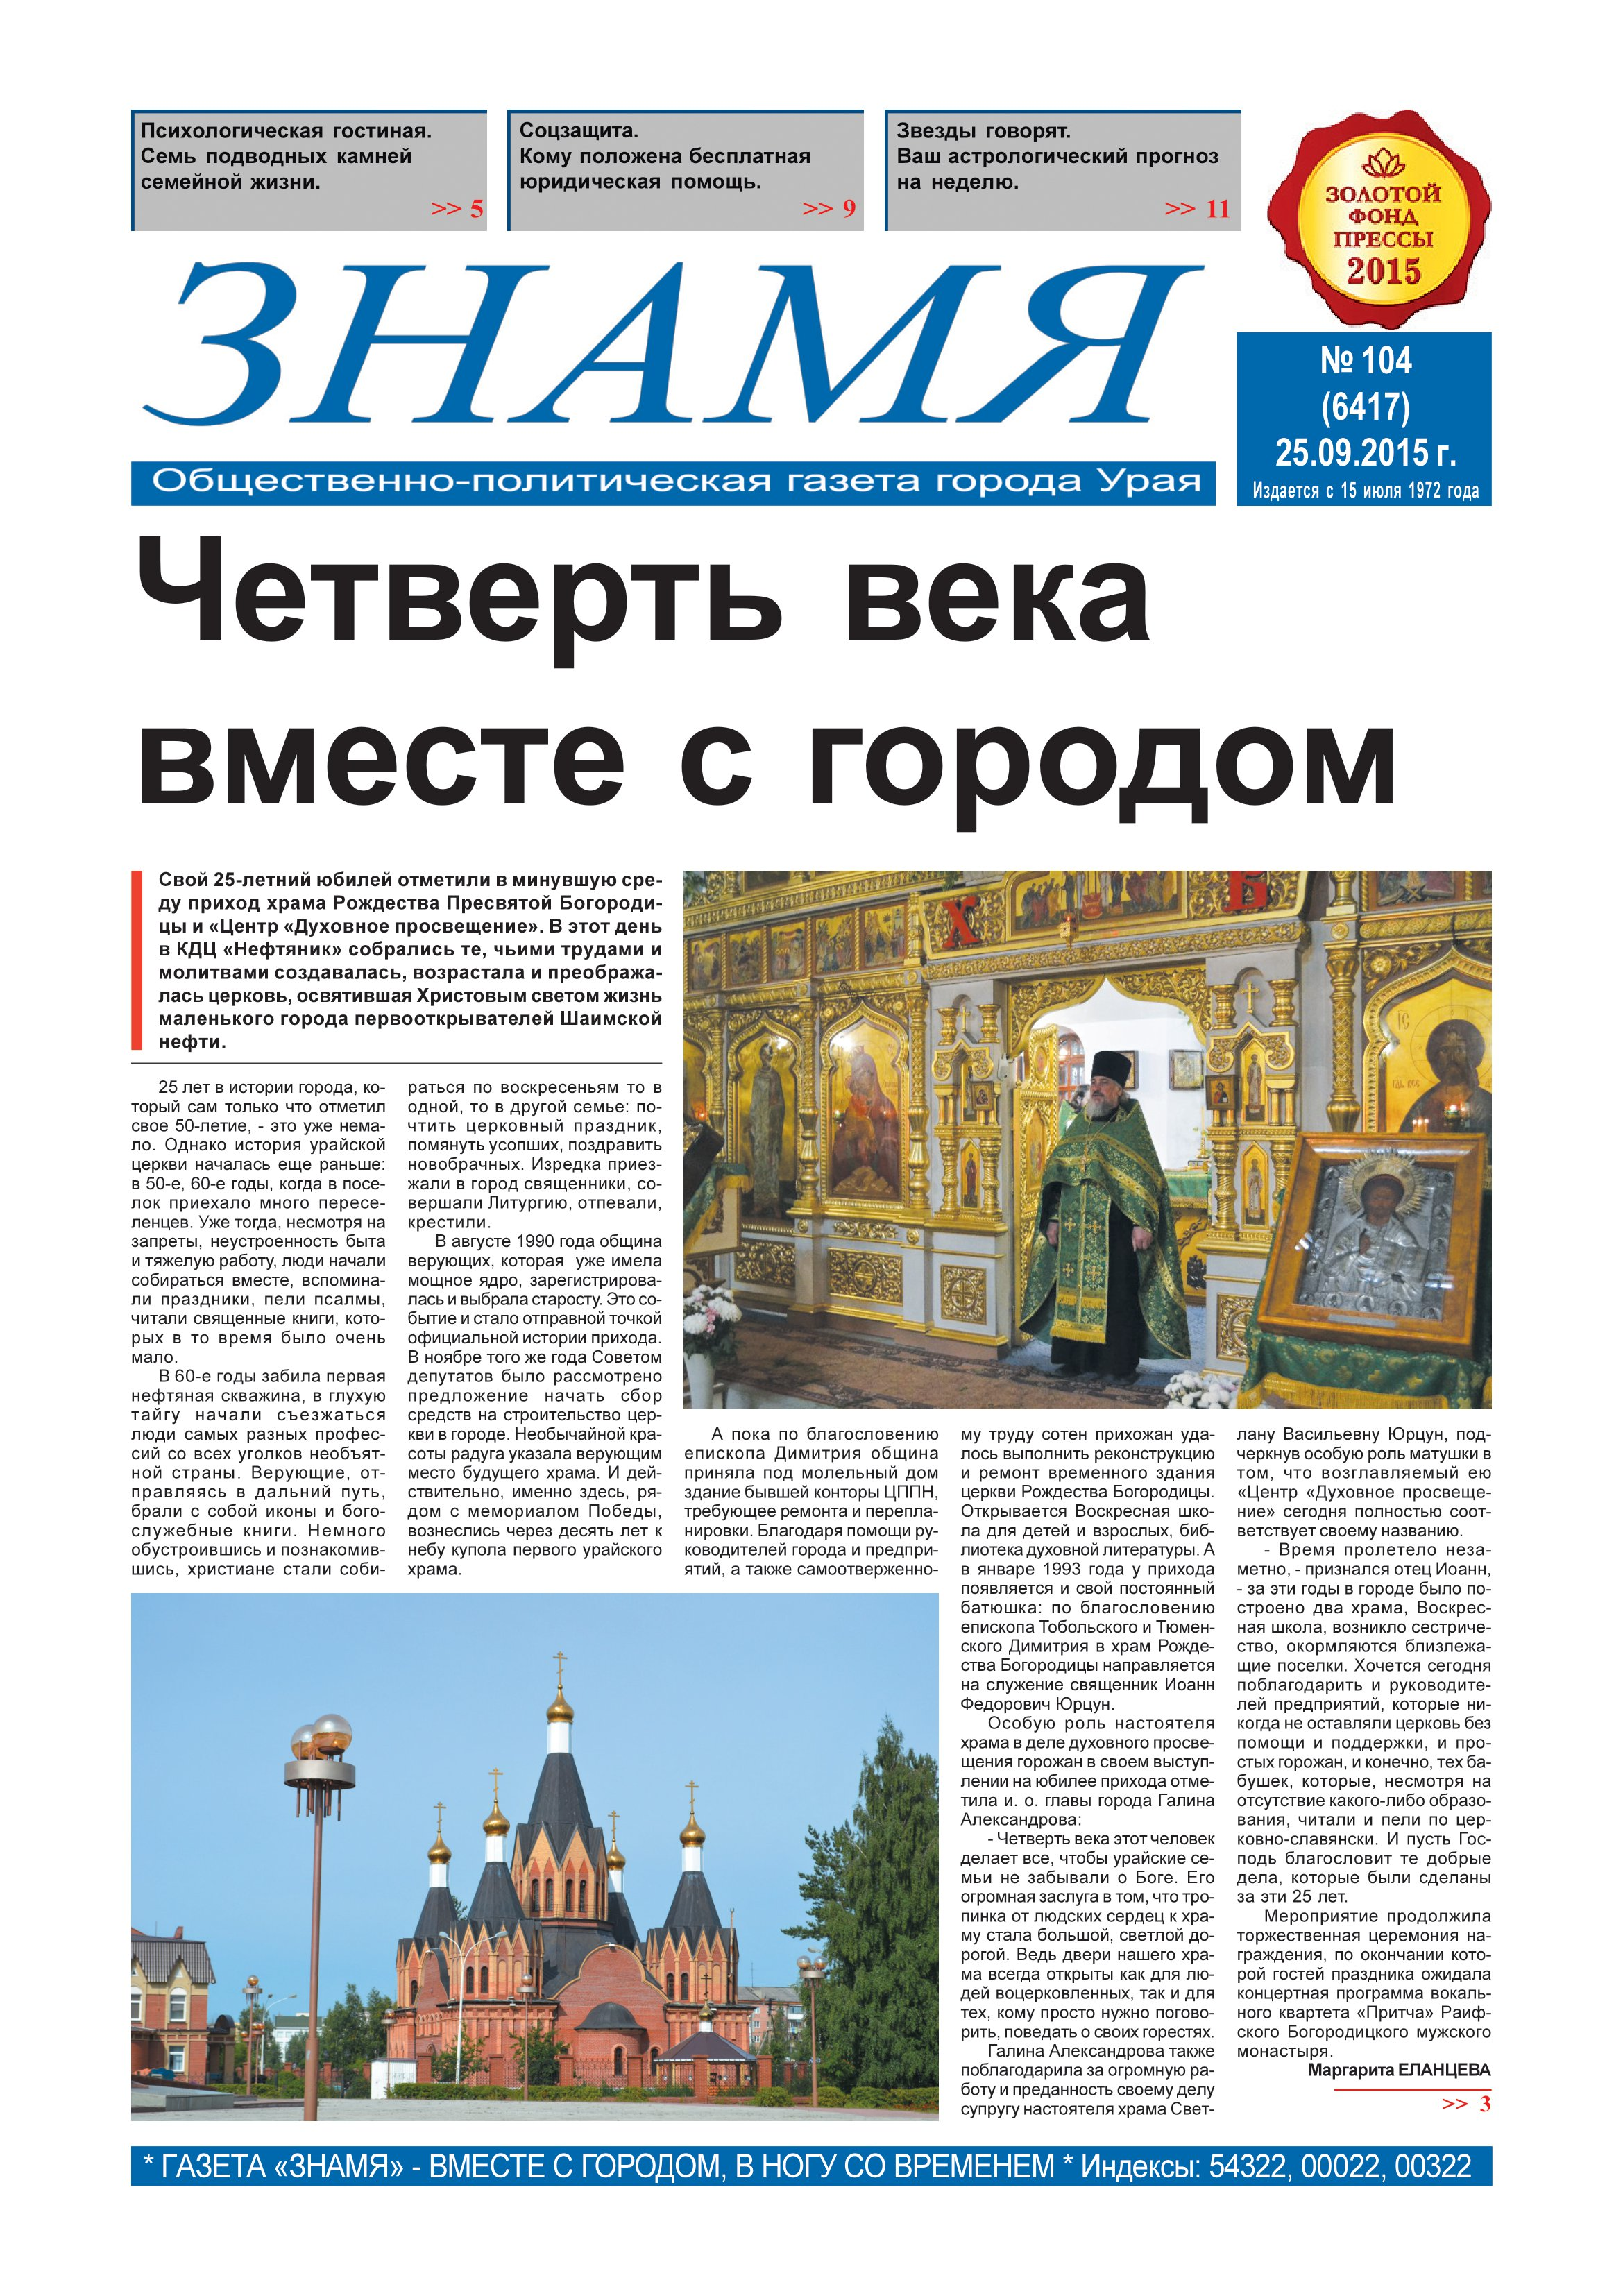
Language: ru